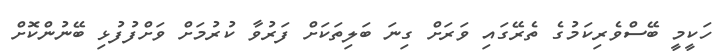
ހަކީމީ ބޭސްވެރިކަމުގެ ތެރޭގައި ވަރަށް ގިނަ ބަލިތަކަށް ފަރުވާ ކުރުމަށް ވަށްފުފުޅި ބޭނުންކޮށް